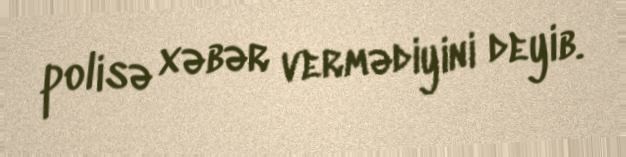
polisə xəbər vermədiyini deyib.